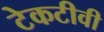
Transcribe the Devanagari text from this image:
टेकटीवी